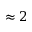
\approx 2